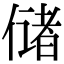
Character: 储